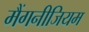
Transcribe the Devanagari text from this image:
मैंगनीजियम